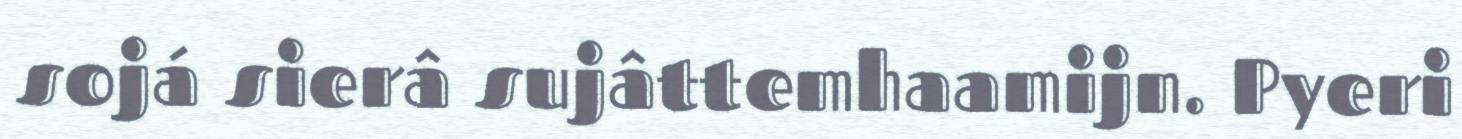
sojá sierâ sujâttemhaamijn. Pyeri